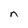
Character: n